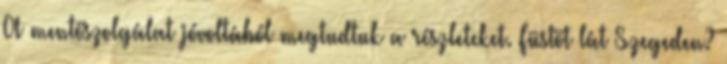
A mentőszolgálat jóvoltából megtudtuk a részleteket. Füstöt lát Szegeden?